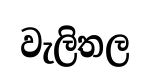
වැලිතල